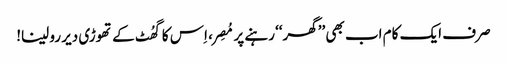
صرف ایک کام اب بھی ’’گھر‘‘ رہنے پر مُصِر، اِس کا گھُٹ کے تھوڑی دیر رو لینا!